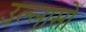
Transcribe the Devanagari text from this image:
उल्लासों